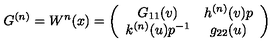
G ^ { ( n ) } = W ^ { n } ( x ) = \left( \begin{array} { c c } { G _ { 1 1 } ( v ) } & { h ^ { ( n ) } ( v ) p } \\ { k ^ { ( n ) } ( u ) p ^ { - 1 } } & { g _ { 2 2 } ( u ) } \\ \end{array} \right)